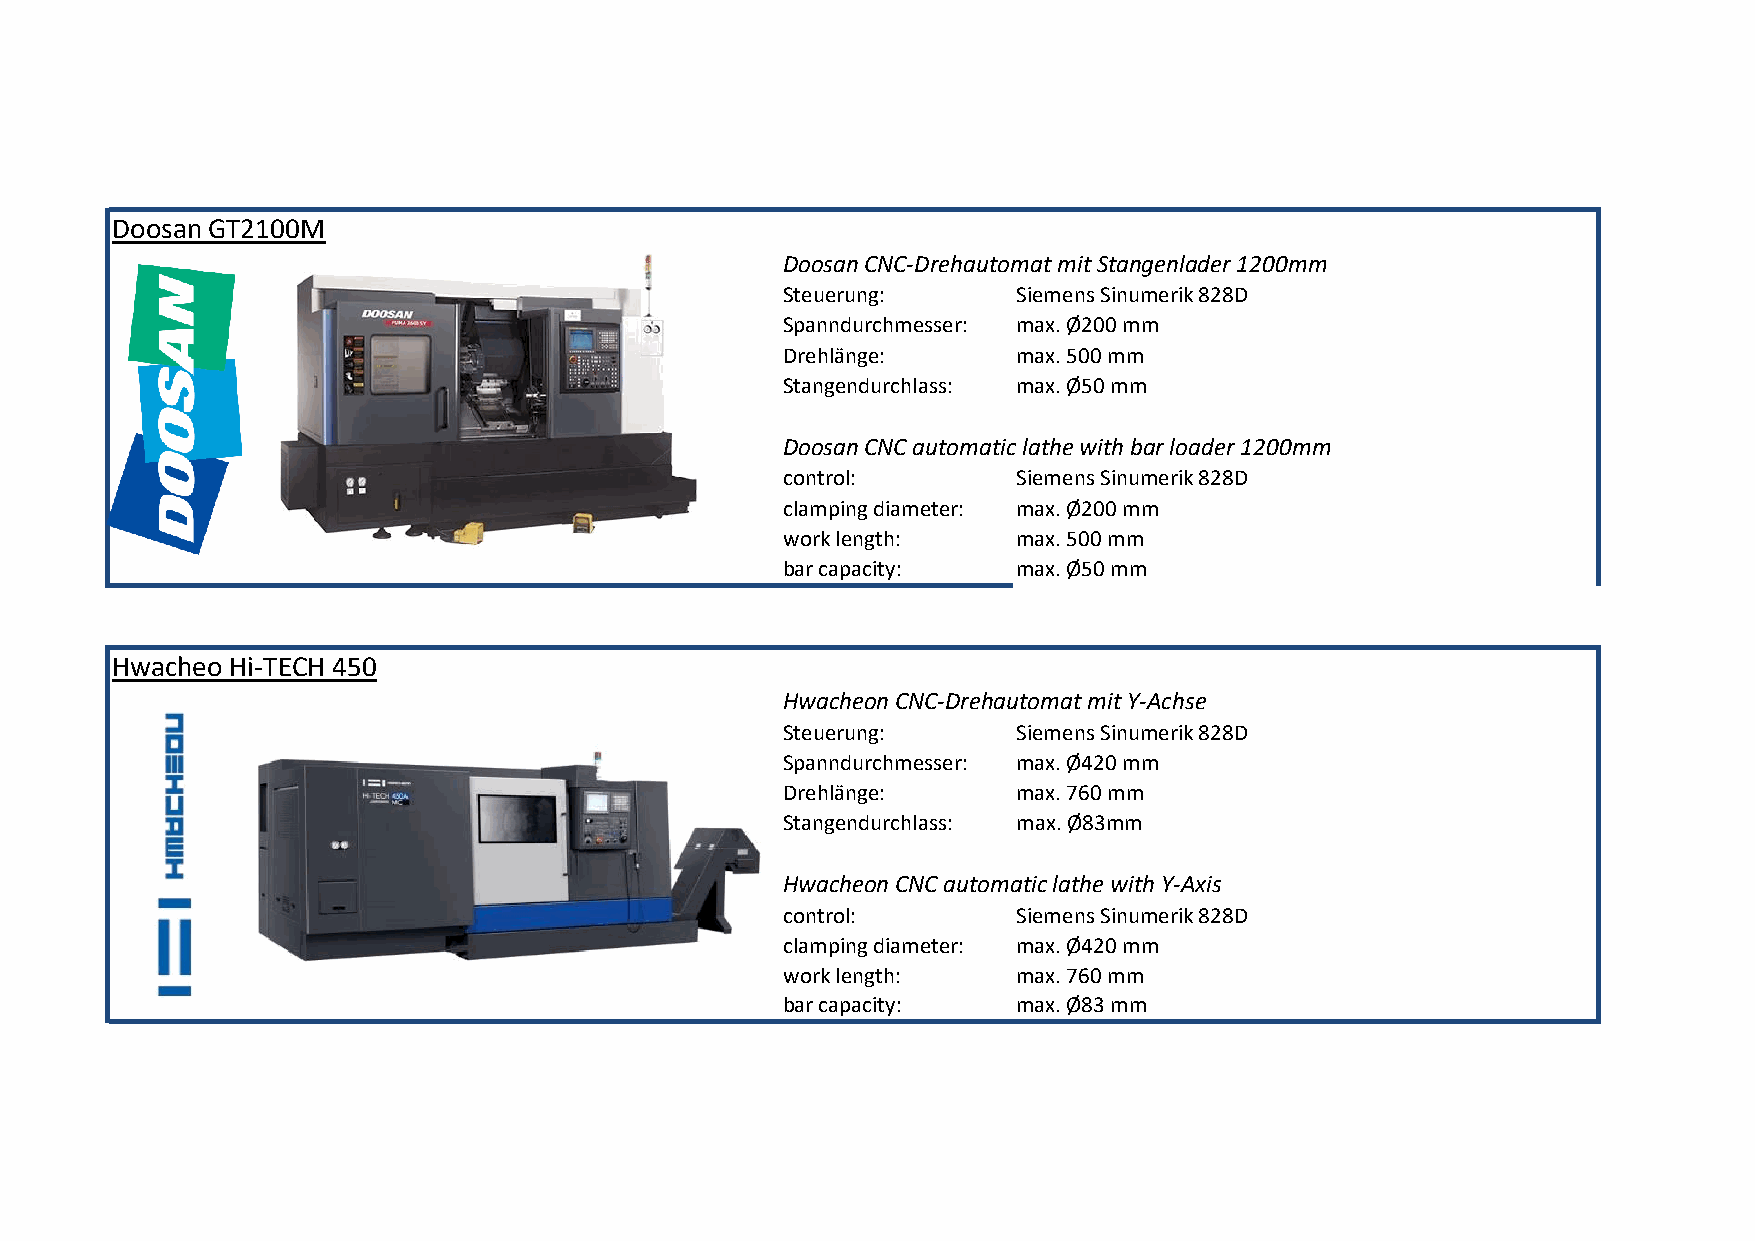
Doosan GT2100M
 Doosan CNC-Drehautomat mit Stangenlader 1200mm
 Steuerung:     Siemens Sinumerik 828D
 Spanndurchmesser: max. Ø200 mm
 Drehlänge:     max. 500 mm
 Stangendurchlass: max. Ø50 mm
 Doosan CNC automatic lathe with bar loader 1200mm
 control:       Siemens Sinumerik 828D
 clamping diameter: max. Ø200 mm
 work length:   max. 500 mm
 bar capacity:  max. Ø50 mm
 Hwacheo Hi-TECH 450
 Hwacheon CNC-Drehautomat mit Y-Achse
 Steuerung:     Siemens Sinumerik 828D
 Spanndurchmesser: max. Ø420 mm
 Drehlänge:     max. 760 mm
 Stangendurchlass: max. Ø83mm
 Hwacheon CNC automatic lathe with Y-Axis
 control:       Siemens Sinumerik 828D
 clamping diameter: max. Ø420 mm
 work length:   max. 760 mm
 bar capacity:  max. Ø83 mm